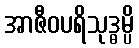
အာဇီဝပရိသုဒ္ဓမ္ပိ